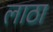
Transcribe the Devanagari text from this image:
लाठा